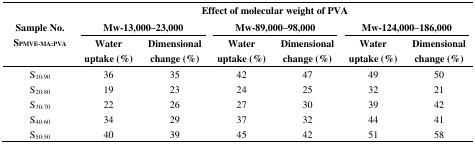
<table><thead><tr><td rowspan="3"><b>Sample No. S<sub>PMVE-MA:PVA</sub></b></td><td colspan="6"><b>Effect of molecular weight of PVA</b></td></tr><tr><td colspan="2"><b>Mw-13,000–23,000</b></td><td colspan="2"><b>Mw-89,000–98,000</b></td><td colspan="2"><b>Mw-124,000–186,000</b></td></tr><tr><td><b>Water uptake (%)</b></td><td><b>Dimensional change (%)</b></td><td><b>Water uptake (%)</b></td><td><b>Dimensional change (%)</b></td><td><b>Water uptake (%)</b></td><td><b>Dimensional change (%)</b></td></tr></thead><tbody><tr><td>S<sub>10:90</sub></td><td>36</td><td>35</td><td>42</td><td>47</td><td>49</td><td>50</td></tr><tr><td>S<sub>20:80</sub></td><td>19</td><td>23</td><td>24</td><td>25</td><td>32</td><td>21</td></tr><tr><td>S<sub>30:70</sub></td><td>22</td><td>26</td><td>27</td><td>30</td><td>39</td><td>42</td></tr><tr><td>S<sub>40:60</sub></td><td>34</td><td>29</td><td>37</td><td>32</td><td>44</td><td>41</td></tr><tr><td>S<sub>50:50</sub></td><td>40</td><td>39</td><td>45</td><td>42</td><td>51</td><td>58</td></tr></tbody></table>